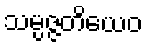
သမ္ပဇ္ဇတိယေဝ